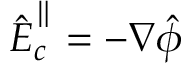
\hat { \boldsymbol E } _ { c } ^ { \parallel } = - \boldsymbol \nabla \hat { \phi }